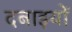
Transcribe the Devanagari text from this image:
दबाइयों